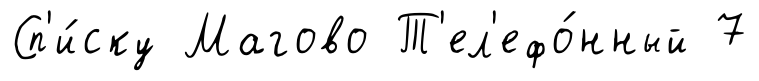
Сп'и́ску Магово Т'ел'ефо́нный 7